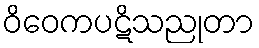
ဝိဝေကပဋိသညုတာ